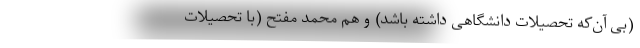
(بی آن‌که تحصیلات دانشگاهی داشته باشد) و هم محمد مفتح (با تحصیلات